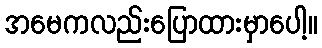
အမေကလည်းပြောထားမှာပေါ့။